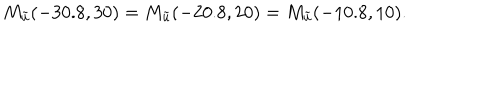
M _ { \tilde { u } } ( - 3 0 . 8 , 3 0 ) = M _ { \tilde { u } } ( - 2 0 . 8 , 2 0 ) = M _ { \tilde { u } } ( - 1 0 . 8 , 1 0 ) .